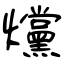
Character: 爣